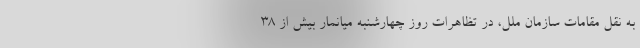
به نقل مقامات سازمان ملل، در تظاهرات روز چهارشنبه میانمار بیش از 38